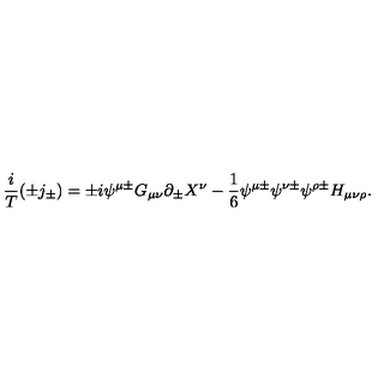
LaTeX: \frac { i } { T } ( \pm j _ { \pm } ) = \pm i \psi ^ { \mu \pm } G _ { \mu \nu } \partial _ { \pm } X ^ { \nu } - \frac { 1 } { 6 } \psi ^ { \mu \pm } \psi ^ { \nu \pm } \psi ^ { \rho \pm } H _ { \mu \nu \rho } .